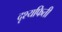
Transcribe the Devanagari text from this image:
दृश्यफिती